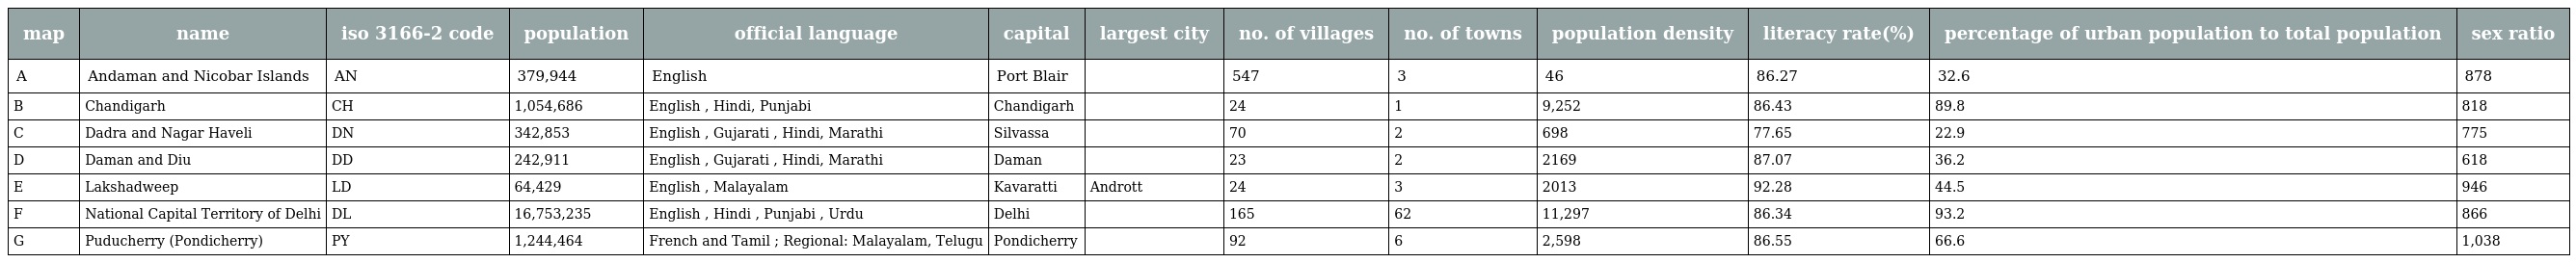
| map | name | iso 3166-2 code | population | official language | capital | largest city | no. of villages | no. of towns | population density | literacy rate(%) | percentage of urban population to total population | sex ratio |
 | --- | --- | --- | --- | --- | --- | --- | --- | --- | --- | --- | --- | --- |
 | A | Andaman and Nicobar Islands | AN | 379,944 | English | Port Blair |  | 547 | 3 | 46 | 86.27 | 32.6 | 878 |
 | B | Chandigarh | CH | 1,054,686 | English , Hindi, Punjabi | Chandigarh |  | 24 | 1 | 9,252 | 86.43 | 89.8 | 818 |
 | C | Dadra and Nagar Haveli | DN | 342,853 | English , Gujarati , Hindi, Marathi | Silvassa |  | 70 | 2 | 698 | 77.65 | 22.9 | 775 |
 | D | Daman and Diu | DD | 242,911 | English , Gujarati , Hindi, Marathi | Daman |  | 23 | 2 | 2169 | 87.07 | 36.2 | 618 |
 | E | Lakshadweep | LD | 64,429 | English , Malayalam | Kavaratti | Andrott | 24 | 3 | 2013 | 92.28 | 44.5 | 946 |
 | F | National Capital Territory of Delhi | DL | 16,753,235 | English , Hindi , Punjabi , Urdu | Delhi |  | 165 | 62 | 11,297 | 86.34 | 93.2 | 866 |
 | G | Puducherry (Pondicherry) | PY | 1,244,464 | French and Tamil ; Regional: Malayalam, Telugu | Pondicherry |  | 92 | 6 | 2,598 | 86.55 | 66.6 | 1,038 |